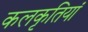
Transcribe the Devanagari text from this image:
कलकृतियां